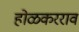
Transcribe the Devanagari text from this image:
होळकरराव